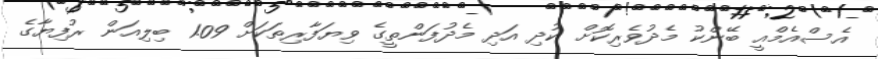
އެސްއެމްއީ ބޭންކު މެދުވެރިކޮށް ކުދި އަދި މެދުފަންތީގެ ވިޔަފާރިތަކަށް 1.09 ބިލިއަން ރުފިޔާގެ